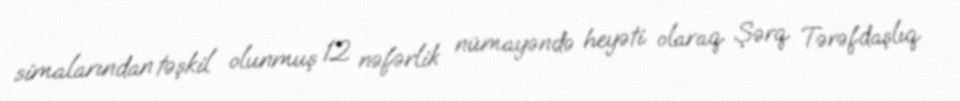
simalarından təşkil olunmuş 12 nəfərlik nümayəndə heyəti olaraq Şərq Tərəfdaşlıq